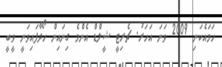
ހަމައެކަނި 2009 ވަނަ އަހަރު. ޗެރިޓީ ޝީލްޑް އެންމެ ގިނައިން ހޯދާފައިވަނީ ވީބީ